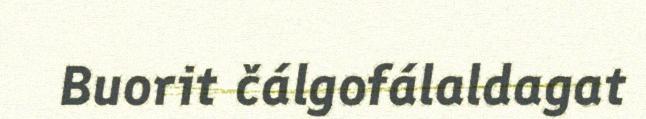
Buorit čálgofálaldagat